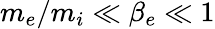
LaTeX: m_{e}/m_{i}\ll\beta_{e}\ll 1